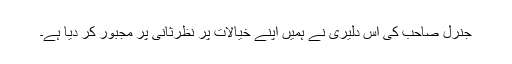
جنرل صاحب کی اس دلیری نے ہمیں اپنے خیالات پر نظرثانی پر مجبور کر دیا ہے۔